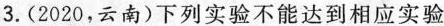
3.(2020，云南)下列实验不能达到相应实验